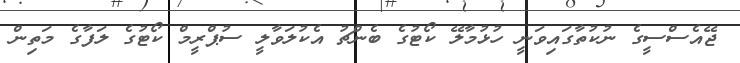
ޖޭއެސްސީގެ ނުކުތާގައިވަނީ ހުޅުމާލޭ ކޯޓުގެ ބެންޗު އެކުލަވާލީ ސުޕްރީމް ކޯޓުގެ ލަފާގެ މަތިން